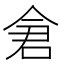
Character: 𫝉